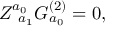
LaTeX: Z _ { \; \; a _ { 1 } } ^ { a _ { 0 } } G _ { a _ { 0 } } ^ { ( 2 ) } = 0 ,